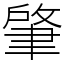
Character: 肇